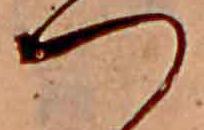
つ